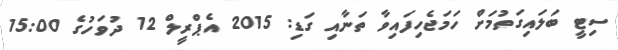
ސިޓީ ބަލައިގަތުމަށް ހަމަޖެހިފައިވާ ތަނާއި ގަޑި: 2015 އެޕްރީލް 12 ދުވަހުގެ 15:00